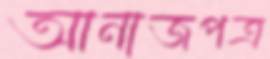
আনাজপত্র